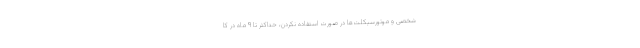
شخصی و موتورسیکلت‌ها در صورت استفاده نکردن، حداکثر تا ۹ ماه در کا